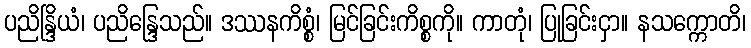
ပညိန္ဒြိယံ၊ ပညိန္ဒြေသည်။ ဒဿနကိစ္စံ၊ မြင်ခြင်းကိစ္စကို။ ကာတုံ၊ ပြုခြင်းငှာ။ နသက္ကောတိ၊